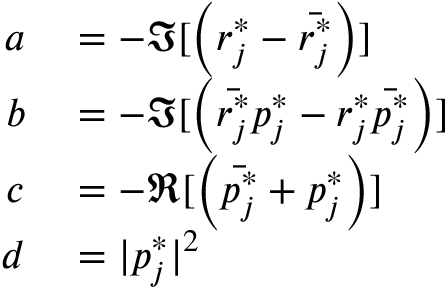
\begin{array} { r l } { a } & { { } = - \Im [ \left( r _ { j } ^ { * } - \bar { r _ { j } ^ { * } } \right) ] } \\ { b } & { { } = - \Im [ \left( \bar { r _ { j } ^ { * } } p _ { j } ^ { * } - r _ { j } ^ { * } \bar { p _ { j } ^ { * } } \right) ] } \\ { c } & { { } = - \Re [ \left( \bar { p _ { j } ^ { * } } + p _ { j } ^ { * } \right) ] } \\ { d } & { { } = | p _ { j } ^ { * } | ^ { 2 } } \end{array}